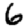
Digit: 6